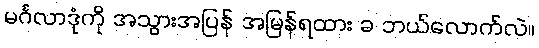
မင်္ဂလာဒုံကို အသွားအပြန် အမြန်ရထား ခ ဘယ်လောက်လဲ။